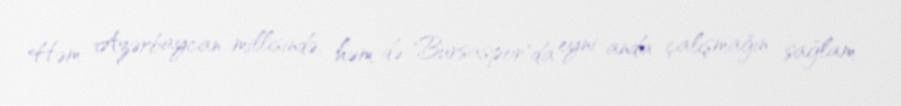
Həm Azərbaycan millisində, həm də "Bursaspor"da eyni anda çalışmağın sağlam